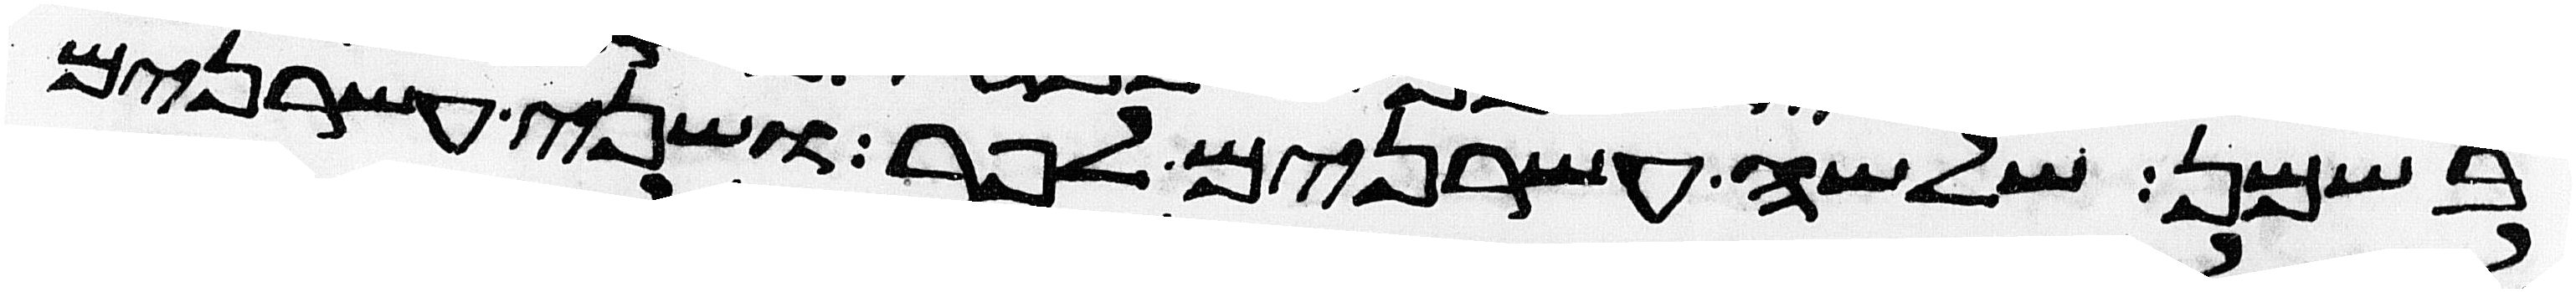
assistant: בשמן שלשה עשרנים לפר ושני עשרנים